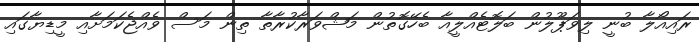
ރައިއޯލާ ބުނީ ލިވަޕޫލުން ބަލޮޓެއްލީއާ ބެހޭގޮތުން މަޝްވަރާކުރާތާ ތިން މަސް ވެއްޖެކަމަށާއި މީޑިޔާގައި